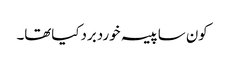
کون ساپیسہ خوردبردکیاتھا۔